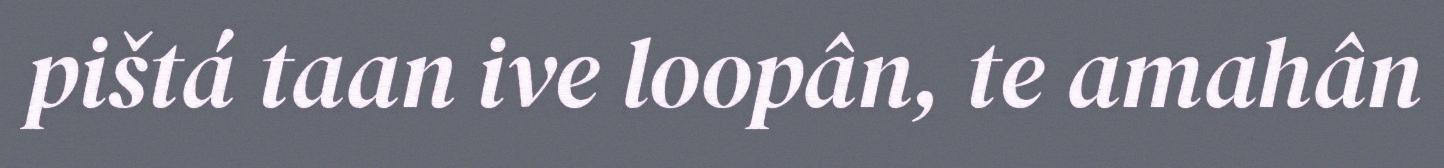
pištá taan ive loopân, te amahân